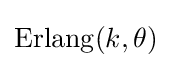
\operatorname {Erlang} (k,\theta )